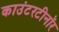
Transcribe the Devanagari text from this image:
काउंटरटीनॉर